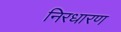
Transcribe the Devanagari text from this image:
निरधारण